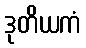
ဒုတိယကံ